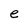
Character: e